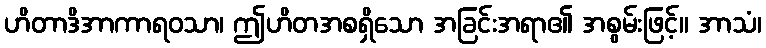
ဟိတာဒိအာကာရဝသာ၊ ဤဟိတအစရှိသော အခြင်းအရာ၏ အစွမ်းဖြင့်။ အာသံ၊